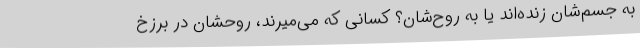
به جسم‌شان زنده‌اند یا به روح‌شان؟ کسانی که می‌میرند، روحشان در برزخ